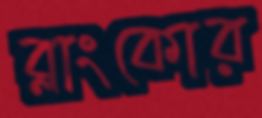
ব্লাংকোর